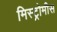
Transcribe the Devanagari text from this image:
मिस्ट्रोमीस